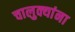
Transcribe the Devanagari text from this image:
चालुक्यांना